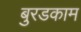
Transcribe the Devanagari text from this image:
बुरडकाम